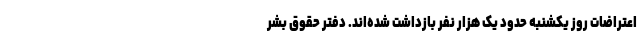
اعتراضات روز یکشنبه حدود یک هزار نفر بازداشت شده‌اند. دفتر حقوق بشر